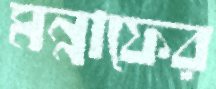
মন্নাফের